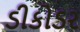
ડીકોડર